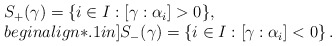
\begin{align*}\begin{array}{l}S_+ (\gamma) = \{i \in I: [\gamma:\alpha_i] > 0\},\\begin{align*}.1in]S_- (\gamma) = \{i \in I: [\gamma:\alpha_i] < 0\} \,.\end{array}\end{align*}